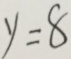
y = 8